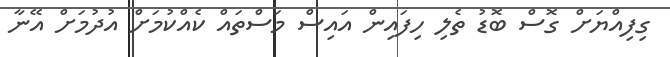
ގިފިއްޔަށް ގޮސް ބޮޑު ތެލި ހިފައިން އައިސް މަސްތައް ކެއްކުމަށް އުދުމަށް އޭނާ